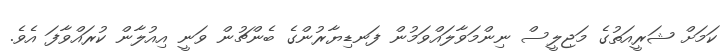
ކަމަށް ޝަރީއަތުގެ މަޖިލީސް ނިންމަވާލައްވަމުން ފަނޑިޔާރުންގެ ބެންޗުން ވަނީ އިއުލާން ކުރައްވާފަ އެވެ.